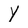
Character: Y